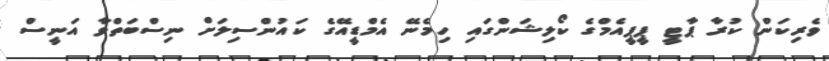
ވެރިކަން ކުރާ ޕާޓީ ޕީޕީއެމްގެ ކޯލިޝަންގައި ހިމެނޭ އެމްޑީއޭގެ ކައުންސިލަށް ނިސްބަތްވާ އަނީސް